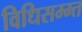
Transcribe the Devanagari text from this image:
विधिसम्म्त